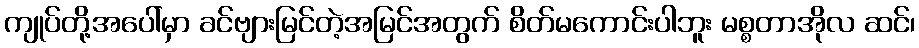
ကျုပ်တို့အပေါ်မှာ ခင်ဗျားမြင်တဲ့အမြင်အတွက် စိတ်မကောင်းပါဘူး မစ္စတာအိုလ ဆင်၊